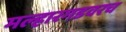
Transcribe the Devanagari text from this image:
मल्हारगडवरच